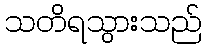
သတိရသွားသည်